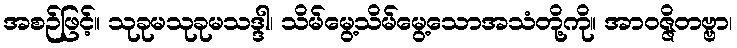
အစဉ်ဖြင့်။ သုခုမသုခုမသဒ္ဒါ၊ သိမ်မွေ့သိမ်မွေ့သောအသံတို့ကို။ အာဝဇ္ဇိတဗ္ဗာ၊